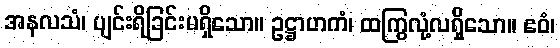
အနလသံ၊ ပျင်းရိခြင်းမရှိသော။ ဥဋ္ဌာဟကံ၊ ထကြွလုံ့လရှိသော။ ဧဝံ၊